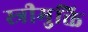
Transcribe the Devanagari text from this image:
स्त्रीमुक्ति